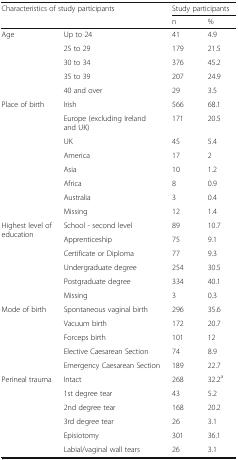
<table><thead><tr><td rowspan="2" colspan="2"><b>Characteristics of study participants</b></td><td colspan="2"><b>Study participants</b></td></tr><tr><td><b>n</b></td><td><b>%</b></td></tr></thead><tbody><tr><td rowspan="5">Age</td><td>Up to 24</td><td>41</td><td>4.9</td></tr><tr><td>25 to 29</td><td>179</td><td>21.5</td></tr><tr><td>30 to 34</td><td>376</td><td>45.2</td></tr><tr><td>35 to 39</td><td>207</td><td>24.9</td></tr><tr><td>40 and over</td><td>29</td><td>3.5</td></tr><tr><td rowspan="8">Place of birth</td><td>Irish</td><td>566</td><td>68.1</td></tr><tr><td>Europe (excluding Ireland and UK)</td><td>171</td><td>20.5</td></tr><tr><td>UK</td><td>45</td><td>5.4</td></tr><tr><td>America</td><td>17</td><td>2</td></tr><tr><td>Asia</td><td>10</td><td>1.2</td></tr><tr><td>Africa</td><td>8</td><td>0.9</td></tr><tr><td>Australia</td><td>3</td><td>0.4</td></tr><tr><td>Missing</td><td>12</td><td>1.4</td></tr><tr><td rowspan="6">Highest level of education</td><td>School - second level</td><td>89</td><td>10.7</td></tr><tr><td>Apprenticeship</td><td>75</td><td>9.1</td></tr><tr><td>Certificate or Diploma</td><td>77</td><td>9.3</td></tr><tr><td>Undergraduate degree</td><td>254</td><td>30.5</td></tr><tr><td>Postgraduate degree</td><td>334</td><td>40.1</td></tr><tr><td>Missing</td><td>3</td><td>0.3</td></tr><tr><td rowspan="5">Mode of birth</td><td>Spontaneous vaginal birth</td><td>296</td><td>35.6</td></tr><tr><td>Vacuum birth</td><td>172</td><td>20.7</td></tr><tr><td>Forceps birth</td><td>101</td><td>12</td></tr><tr><td>Elective Caesarean Section</td><td>74</td><td>8.9</td></tr><tr><td>Emergency Caesarean Section</td><td>189</td><td>22.7</td></tr><tr><td rowspan="6">Perineal trauma</td><td>Intact</td><td>268</td><td>32.2<sup>a</sup></td></tr><tr><td>1st degree tear</td><td>43</td><td>5.2</td></tr><tr><td>2nd degree tear</td><td>168</td><td>20.2</td></tr><tr><td>3rd degree tear</td><td>26</td><td>3.1</td></tr><tr><td>Episiotomy</td><td>301</td><td>36.1</td></tr><tr><td>Labial/vaginal wall tears</td><td>26</td><td>3.1</td></tr></tbody></table>